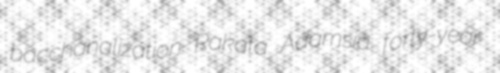
bacchanalization Rakata Adamsia forty-year